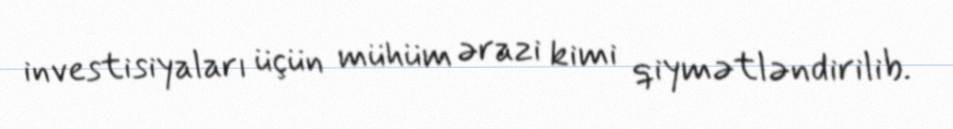
investisiyaları üçün mühüm ərazi kimi qiymətləndirilib.